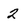
Character: 2